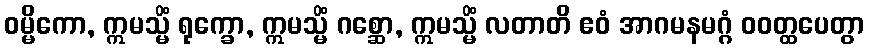
ဝမ္မိကော, ဣမသ္မိံ ရုက္ခော, ဣမသ္မိံ ဂစ္ဆော, ဣမသ္မိံ လတာတိ ဧဝံ အာဂမနမဂ္ဂံ ဝဝတ္ထပေတွာ